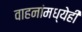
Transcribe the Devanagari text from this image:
वाहनांमध्येही